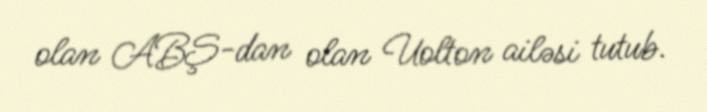
olan ABŞ-dan olan Uolton ailəsi tutub.